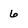
Character: 6